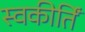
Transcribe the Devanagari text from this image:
स्वकीर्तिं